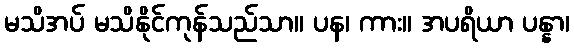
မသိအပ် မသိနိုင်ကုန်သည်သာ။ ပန၊ ကား။ အပရိယာ ပန္နာ၊